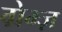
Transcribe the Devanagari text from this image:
ग्रेम्ज़